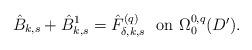
LaTeX: \begin{align*}\hat B_{k,s}+\hat B^1_{k,s}=\hat F^{(q)}_{\delta,k,s}\ \ \mbox{on $\Omega^{0,q}_0(D')$}.\end{align*}